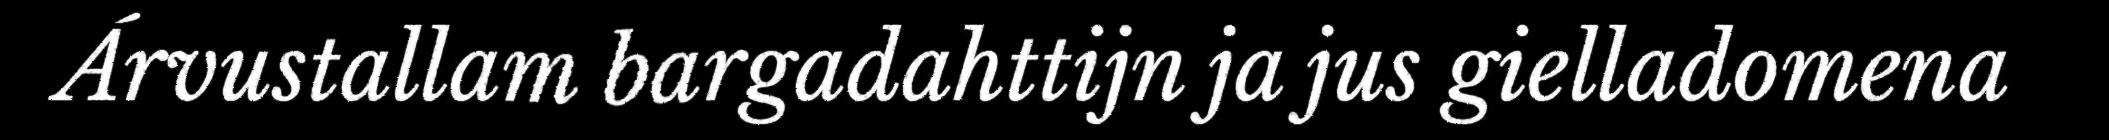
Árvustallam bargadahttijn ja jus gielladomena